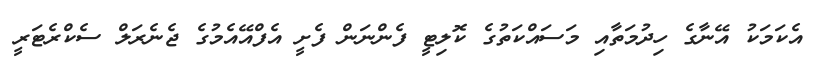
އެކަމަކު އޭނާގެ ހިދުމަތާއި މަސައްކަތުގެ ކޮލިޓީ ފެންނަން ފެށީ އެފްއޭއެމުގެ ޖެނެރަލް ސެކްރެޓަރީ